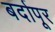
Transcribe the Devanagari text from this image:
बर्दापूर